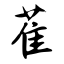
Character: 萑